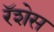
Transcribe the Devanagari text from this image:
रॅशेस